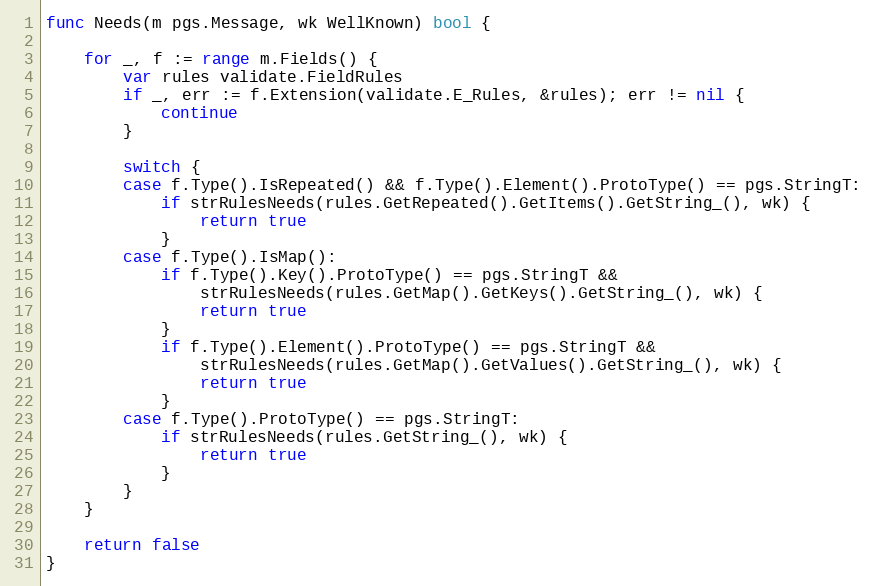
Language: Go
func Needs(m pgs.Message, wk WellKnown) bool {

	for _, f := range m.Fields() {
		var rules validate.FieldRules
		if _, err := f.Extension(validate.E_Rules, &rules); err != nil {
			continue
		}

		switch {
		case f.Type().IsRepeated() && f.Type().Element().ProtoType() == pgs.StringT:
			if strRulesNeeds(rules.GetRepeated().GetItems().GetString_(), wk) {
				return true
			}
		case f.Type().IsMap():
			if f.Type().Key().ProtoType() == pgs.StringT &&
				strRulesNeeds(rules.GetMap().GetKeys().GetString_(), wk) {
				return true
			}
			if f.Type().Element().ProtoType() == pgs.StringT &&
				strRulesNeeds(rules.GetMap().GetValues().GetString_(), wk) {
				return true
			}
		case f.Type().ProtoType() == pgs.StringT:
			if strRulesNeeds(rules.GetString_(), wk) {
				return true
			}
		}
	}

	return false
}